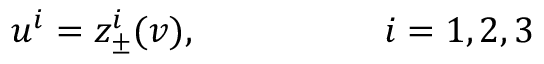
u ^ { i } = z _ { \pm } ^ { i } ( v ) , \quad \quad \quad \quad \quad i = 1 , 2 , 3